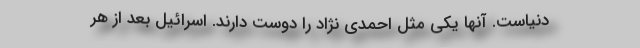
دنیاست. آنها یکی مثل احمدی نژاد را دوست دارند. اسرائیل بعد از هر